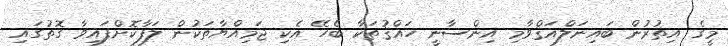
މީގެ އިތުރުން ބައިނަލްއަޤްވާމި އިންސާނީ ހައްޤުތަކާ ބެހޭ އެކި ޖަމިއްޔާތަކުން ލަފާކޮށްފައިވާ ގޮތުގައި